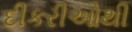
દીકરીઓથી